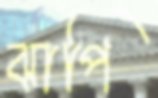
ঝাপি